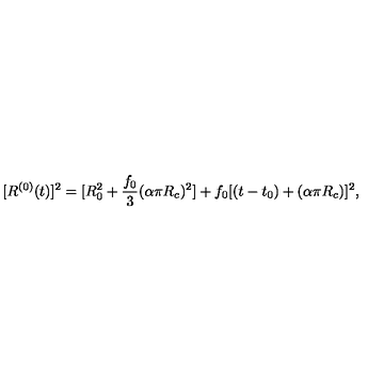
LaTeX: [ R ^ { ( 0 ) } ( t ) ] ^ { 2 } = [ R _ { 0 } ^ { 2 } + \frac { f _ { 0 } } { 3 } ( \alpha \pi R _ { c } ) ^ { 2 } ] + f _ { 0 } [ ( t - t _ { 0 } ) + ( \alpha \pi R _ { c } ) ] ^ { 2 } ,